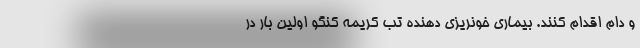
و دام اقدام کنند. بیماری خونریزی دهنده تب کریمه کنگو اولین بار در